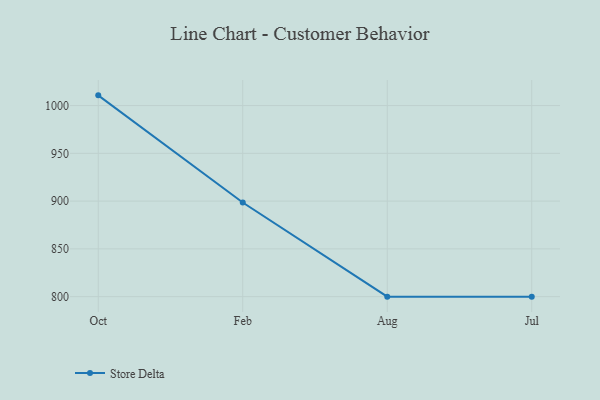
{"axis": {"x": "Month", "y": "Bounce Rate (%)"}, "legend": ["Store Delta"], "data": [{"x": "Oct", "y": 1010.7, "type": "Store Delta"}, {"x": "Feb", "y": 898.5, "type": "Store Delta"}, {"x": "Aug", "y": 800, "type": "Store Delta"}, {"x": "Jul", "y": 800, "type": "Store Delta"}]}